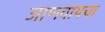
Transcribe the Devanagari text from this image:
जाणवायचा